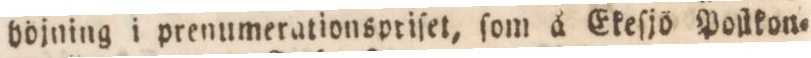
höjning i prenumerationspriſet, ſom å Ekeſjö Poſtkon=